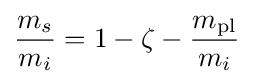
{\frac {m_{s}}{m_{i}}}=1-\zeta -{\frac {m_{\text{pl}}}{m_{i}}}